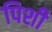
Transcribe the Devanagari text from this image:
पिशी